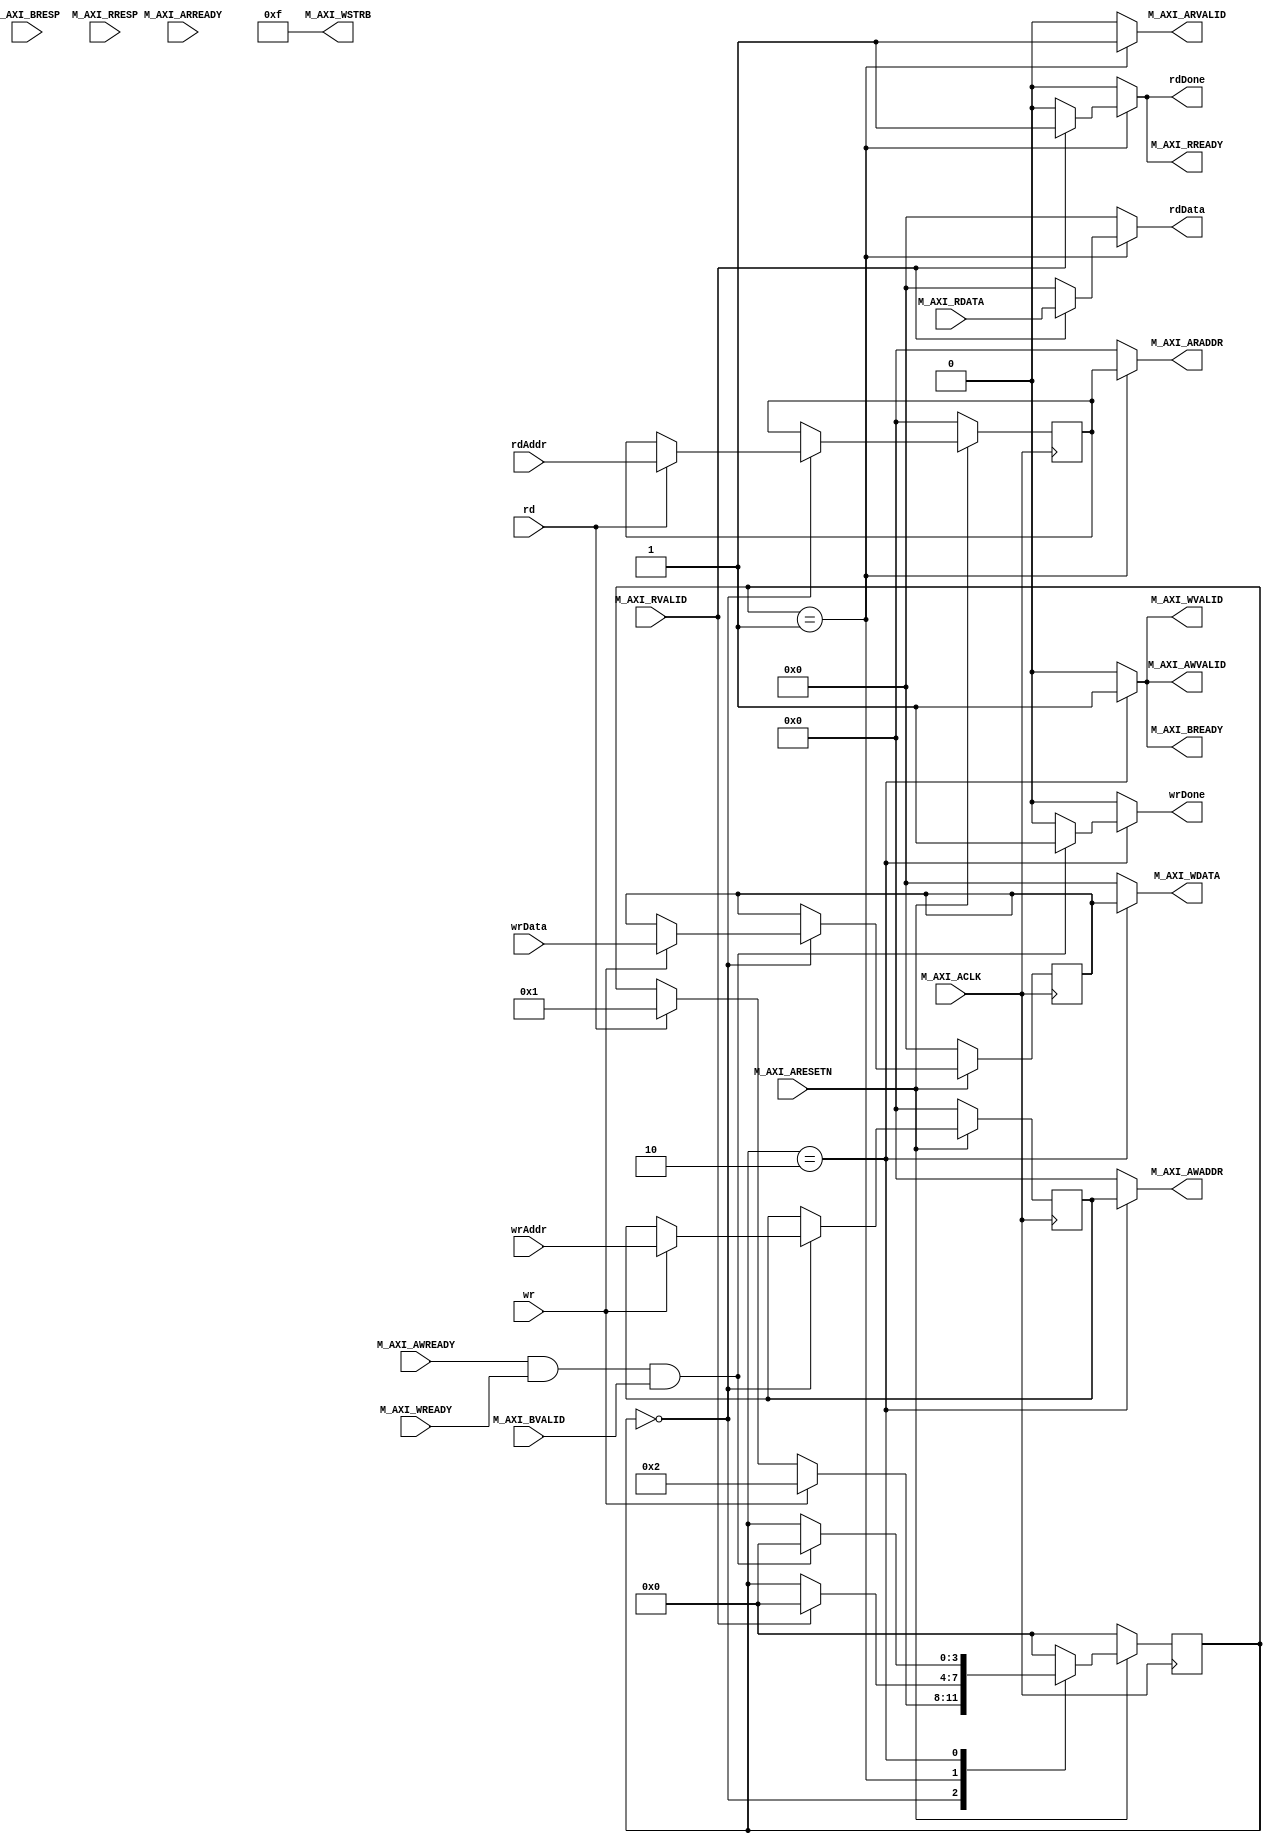
`timescale 1ns / 1ps
//////////////////////////////////////////////////////////////////////////////////
// Company: 
// Engineer: 
// 
// Design Name: 
// Module Name: Axi4LiteManager
// Project Name: 
// Target Devices: 
// Tool Versions: 
// Description: 
// 
// Dependencies: 
// 
// Revision:
// Revision 0.01 - File Created
// Additional Comments:
// 
//////////////////////////////////////////////////////////////////////////////////


module Axi4LiteManager #(parameter C_M_AXI_ADDR_WIDTH = 6, C_M_AXI_DATA_WIDTH = 32)
(
    // Simple Bus
    input           [C_M_AXI_ADDR_WIDTH-1:0] wrAddr,
    input           [C_M_AXI_DATA_WIDTH-1:0] wrData,
    input           wr,
    output reg      wrDone,
    input           [C_M_AXI_ADDR_WIDTH-1:0] rdAddr,
    output reg      [C_M_AXI_DATA_WIDTH-1:0] rdData,
    input           rd,
    output reg      rdDone,
    // Axi4Lite Bus
    input           M_AXI_ACLK,
    input           M_AXI_ARESETN,
    output reg      [C_M_AXI_ADDR_WIDTH-1:0] M_AXI_AWADDR,
    output reg      M_AXI_AWVALID,
    input           M_AXI_AWREADY,
    output reg      [C_M_AXI_DATA_WIDTH-1:0] M_AXI_WDATA,
    output reg      [3:0] M_AXI_WSTRB,
    output reg      M_AXI_WVALID,
    input           M_AXI_WREADY,
    input           [1:0] M_AXI_BRESP,
    input           M_AXI_BVALID,
    output reg      M_AXI_BREADY,
    output reg      [C_M_AXI_ADDR_WIDTH-1:0] M_AXI_ARADDR,
    output reg      M_AXI_ARVALID,
    input           M_AXI_ARREADY,
    input           [C_M_AXI_DATA_WIDTH-1:0] M_AXI_RDATA,
    input           [1:0] M_AXI_RRESP,
    input           M_AXI_RVALID,
    output reg      M_AXI_RREADY
    );
    
//FSM States
parameter IDLE=0, RD1=1, WR1=2;
reg [3:0] nextState, currentState;
//Read Flops
reg [C_M_AXI_ADDR_WIDTH-1:0] rdAddrD, rdAddrQ;

reg [C_M_AXI_ADDR_WIDTH-1:0] wrAddrD, wrAddrQ;
reg [C_M_AXI_DATA_WIDTH-1:0] wrDataD, wrDataQ;

//Combinational Logic
always @ * begin
    nextState = currentState;
    
    rdAddrD = rdAddrQ;
    rdData = 0;
    rdDone = 0;
    M_AXI_ARADDR = 0;
    M_AXI_ARVALID = 0;
    M_AXI_RREADY = 0;
    
    wrAddrD = wrAddrQ;
    wrDataD = wrDataQ;
    wrDone = 0;
    M_AXI_AWADDR = 0;
    M_AXI_AWVALID = 0;
    M_AXI_WDATA = 0;
    M_AXI_WSTRB = 15;
    M_AXI_WVALID = 0;
    M_AXI_BREADY = 0;
    
    case (currentState)
        IDLE: begin
            if (rd) begin
                rdAddrD = rdAddr;
                nextState = RD1;
            end
            if (wr) begin
                wrAddrD = wrAddr;
                wrDataD = wrData;
                nextState = WR1;
            end
        end
        RD1: begin
            M_AXI_ARADDR = rdAddrQ;
            M_AXI_ARVALID = 1;
            if (M_AXI_RVALID) begin
               nextState = IDLE;
               M_AXI_RREADY = 1;
               rdData = M_AXI_RDATA;
               rdDone = 1;
            end
        end
        WR1: begin
            M_AXI_AWADDR = wrAddrQ;
            M_AXI_WDATA = wrDataQ;
            M_AXI_BREADY = 1;
            M_AXI_WVALID = 1;
            M_AXI_AWVALID = 1;
            if (M_AXI_AWREADY & M_AXI_WREADY & M_AXI_BVALID) begin
                nextState = IDLE;
                wrDone = 1;
            end
        end
        default: begin
            nextState = IDLE;
        end
    endcase
end

//Sequential Logic
always @ (posedge M_AXI_ACLK) begin
    if (!M_AXI_ARESETN) begin
        currentState <= IDLE;
        rdAddrQ <= 0;
        wrAddrQ <= 0;
        wrDataQ <= 0;
    end else begin
        currentState <= nextState;
        rdAddrQ <= rdAddrD;
        wrAddrQ <= wrAddrD;
        wrDataQ <= wrDataD;
    end
end
endmodule